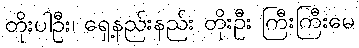
တိုးပါဦး၊ ရှေ့နည်းနည်း တိုးဦး ကြီးကြီးမေ